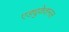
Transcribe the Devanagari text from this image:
एड्युकेशनल